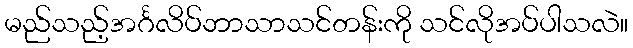
မည်သည့်အင်္ဂလိပ်ဘာသာသင်တန်းကို သင်လိုအပ်ပါသလဲ။